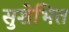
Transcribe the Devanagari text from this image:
सुशेभित